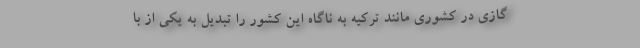
گازی در کشوری مانند ترکیه به ناگاه این کشور را تبدیل به یکی از با